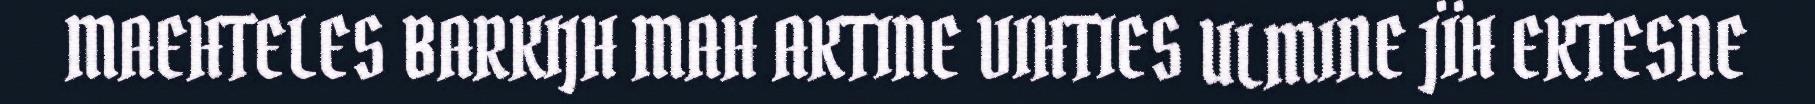
MAEHTELES BARKIJH MAH AKTINE VIHTIES ULMINE JÏH EKTESNE